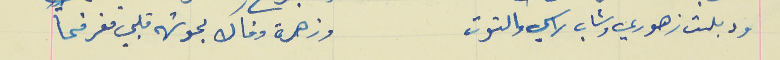
ودبلت زهوري وشاب راسي والتوت                                وزهرة وفاك بحوشها قلبي مفرفحا